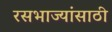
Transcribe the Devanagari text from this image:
रसभाज्यांसाठी